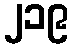
၂၁၉